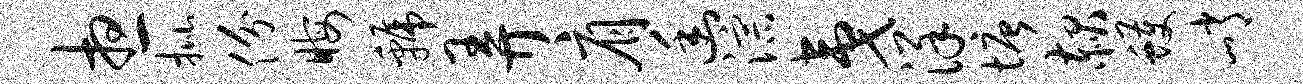
想批份晦虢弄肩幽淙夷详塘赧蠖峭